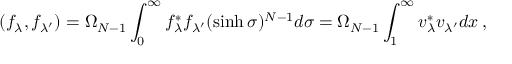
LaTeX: ( f _ { \lambda } , f _ { \lambda ^ { \prime } } ) = \Omega _ { N - 1 } \int _ { 0 } ^ { \infty } f _ { \lambda } ^ { * } f _ { \lambda ^ { \prime } } ( \sinh \sigma ) ^ { N - 1 } d \sigma = \Omega _ { N - 1 } \int _ { 1 } ^ { \infty } v _ { \lambda } ^ { * } v _ { \lambda ^ { \prime } } d x \: , \nonumber